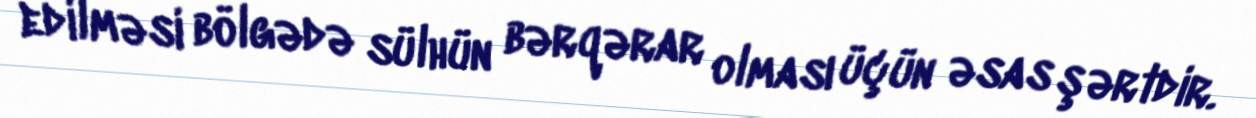
edilməsi bölgədə sülhün bərqərar olması üçün əsas şərtdir.